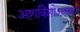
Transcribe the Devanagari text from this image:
अष्टाविंशोऽध्यायः